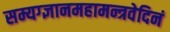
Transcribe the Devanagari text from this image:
सम्यग्ज्ञानमहामन्त्रवेदिनं